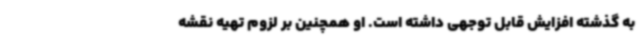
به گذشته افزایش قابل توجهی داشته است. او همچنین بر لزوم تهیه نقشه